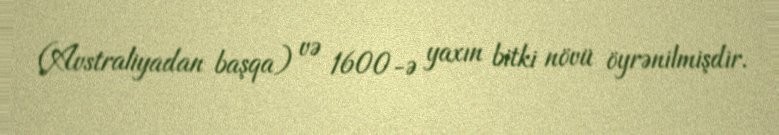
(Avstraliyadan başqa) və 1600-ə yaxın bitki növü öyrənilmişdir.